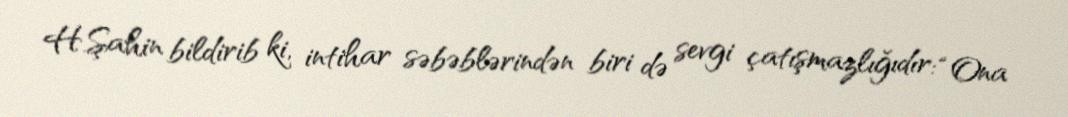
H.Şahin bildirib ki, intihar səbəblərindən biri də sevgi çatışmazlığıdır: “Ona